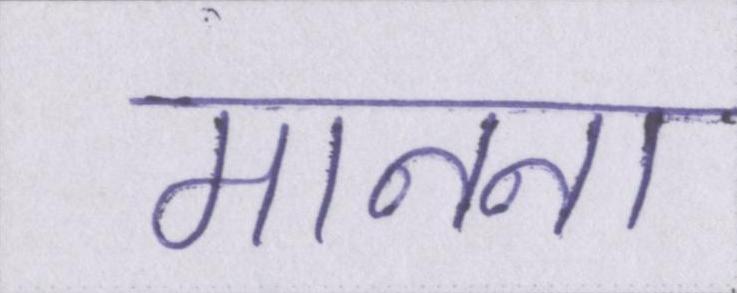
मानना